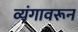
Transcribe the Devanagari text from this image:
व्यंगावरून